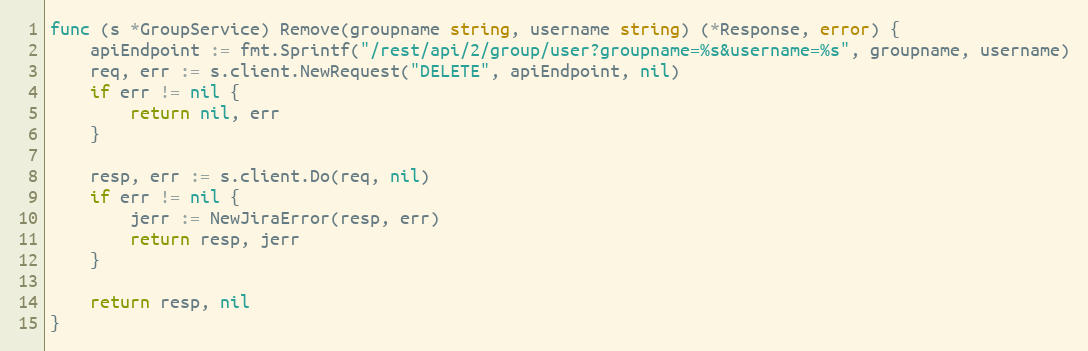
Language: Go
func (s *GroupService) Remove(groupname string, username string) (*Response, error) {
	apiEndpoint := fmt.Sprintf("/rest/api/2/group/user?groupname=%s&username=%s", groupname, username)
	req, err := s.client.NewRequest("DELETE", apiEndpoint, nil)
	if err != nil {
		return nil, err
	}

	resp, err := s.client.Do(req, nil)
	if err != nil {
		jerr := NewJiraError(resp, err)
		return resp, jerr
	}

	return resp, nil
}